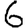
Digit: 6